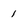
Character: 1